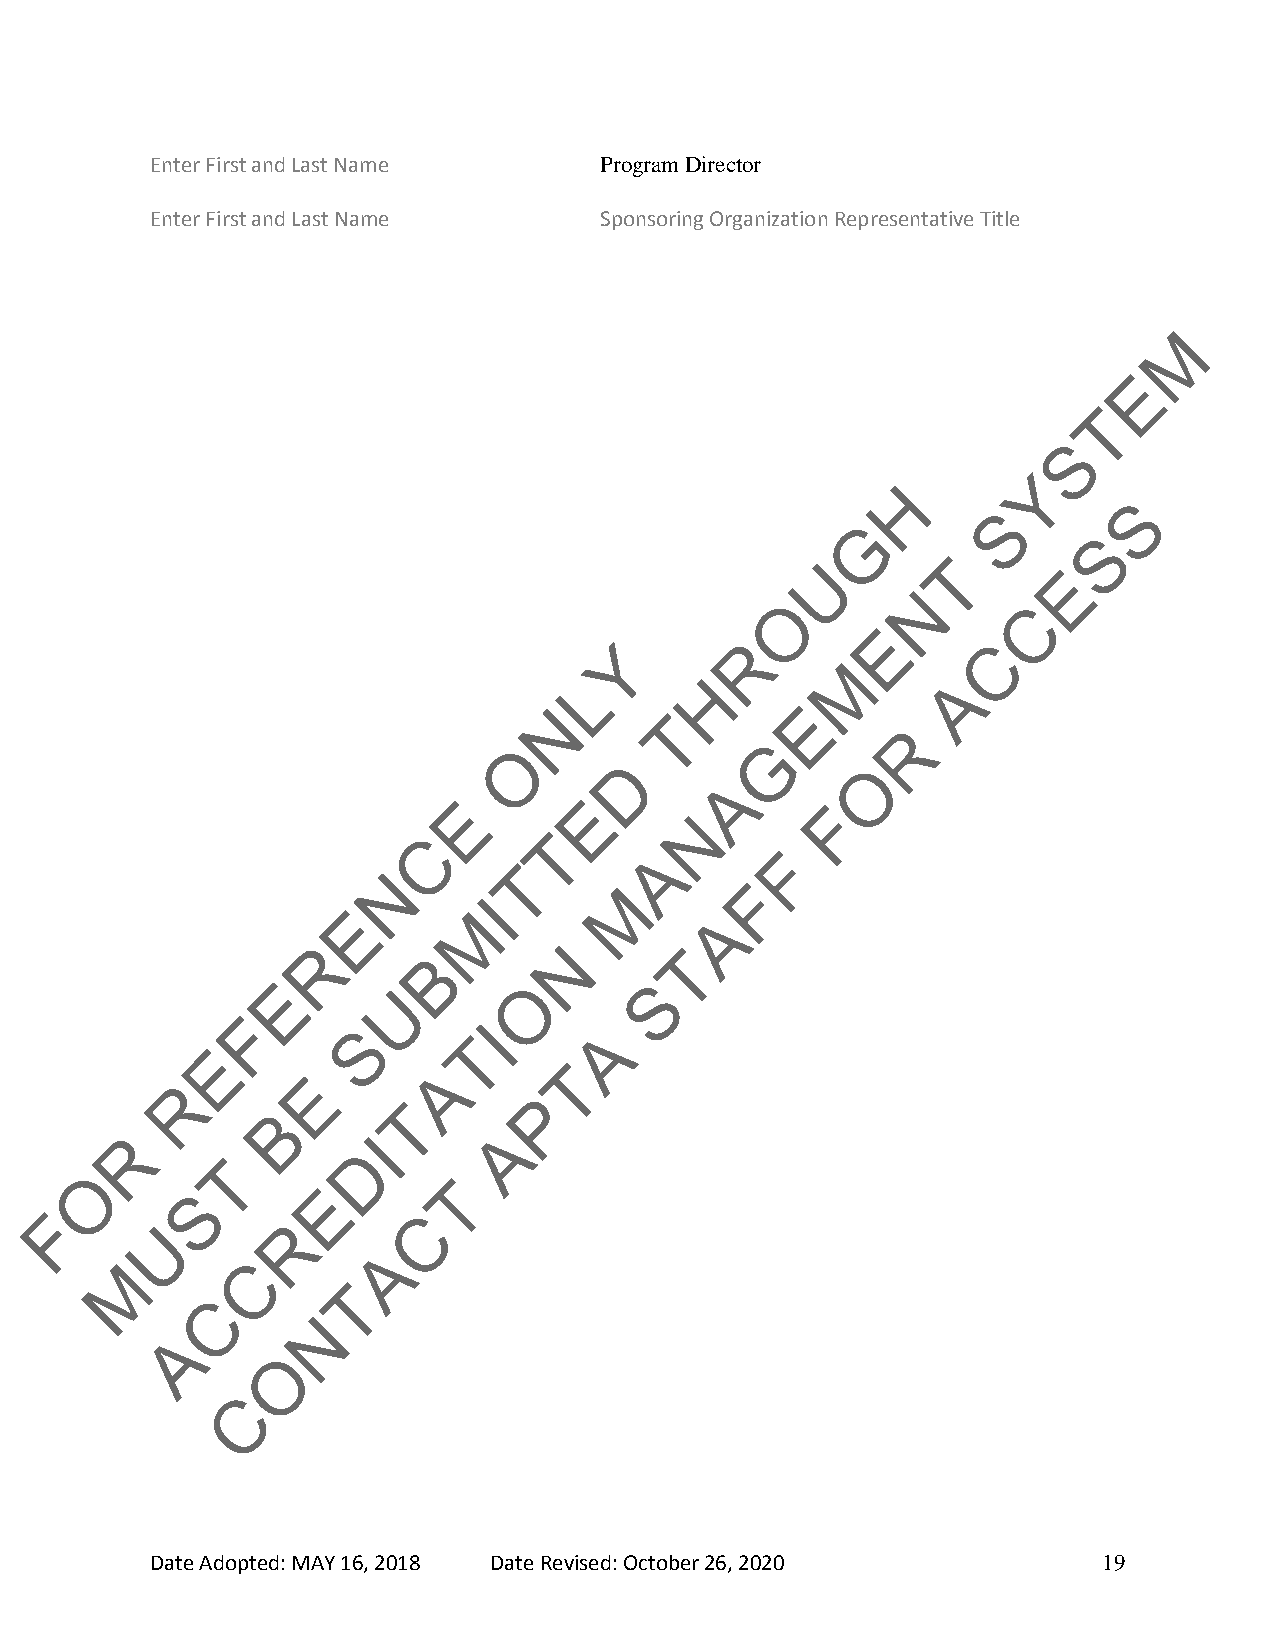
Enter First and Last Name     Program Director
 Enter First and Last Name     Sponsoring Organization Representative Title
 M
 E
 T
 S
 Y
 H
 S
 S
 G
 S
 U        T
 E
 N
 O               C
 E
 Y        R               C
 M
 L       H                A
 N
 T
 E
 R
 O                G
 D               O
 A
 E       E                F
 N
 C       T
 A       F
 T
 N
 M       F
 I
 E       M               A
 R      B        N       T
 E                O       S
 U
 F
 S        I       A
 T
 E
 A       T
 E
 R
 P
 T
 B
 R               I        A
 D
 T
 O
 T
 S        E
 F                        C
 U        R
 A
 M       C
 T
 C
 N
 A
 O
 C
 Date Adopted: MAY 16, 2018 Date Revised: October 26, 2020      19